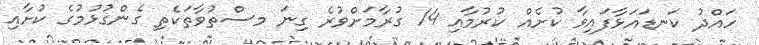
ހައްދު ކަނޑައަޅާފައިވާ ކުށެއް ކުރުމާއި 14 ގުރާމަށްވުރެ ގިނަ މސްތުވާތަކެތި ގެންގުޅުމުގެ ކުށާއި